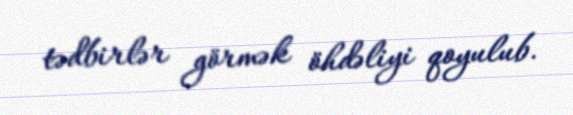
tədbirlər görmək öhdəliyi qoyulub.